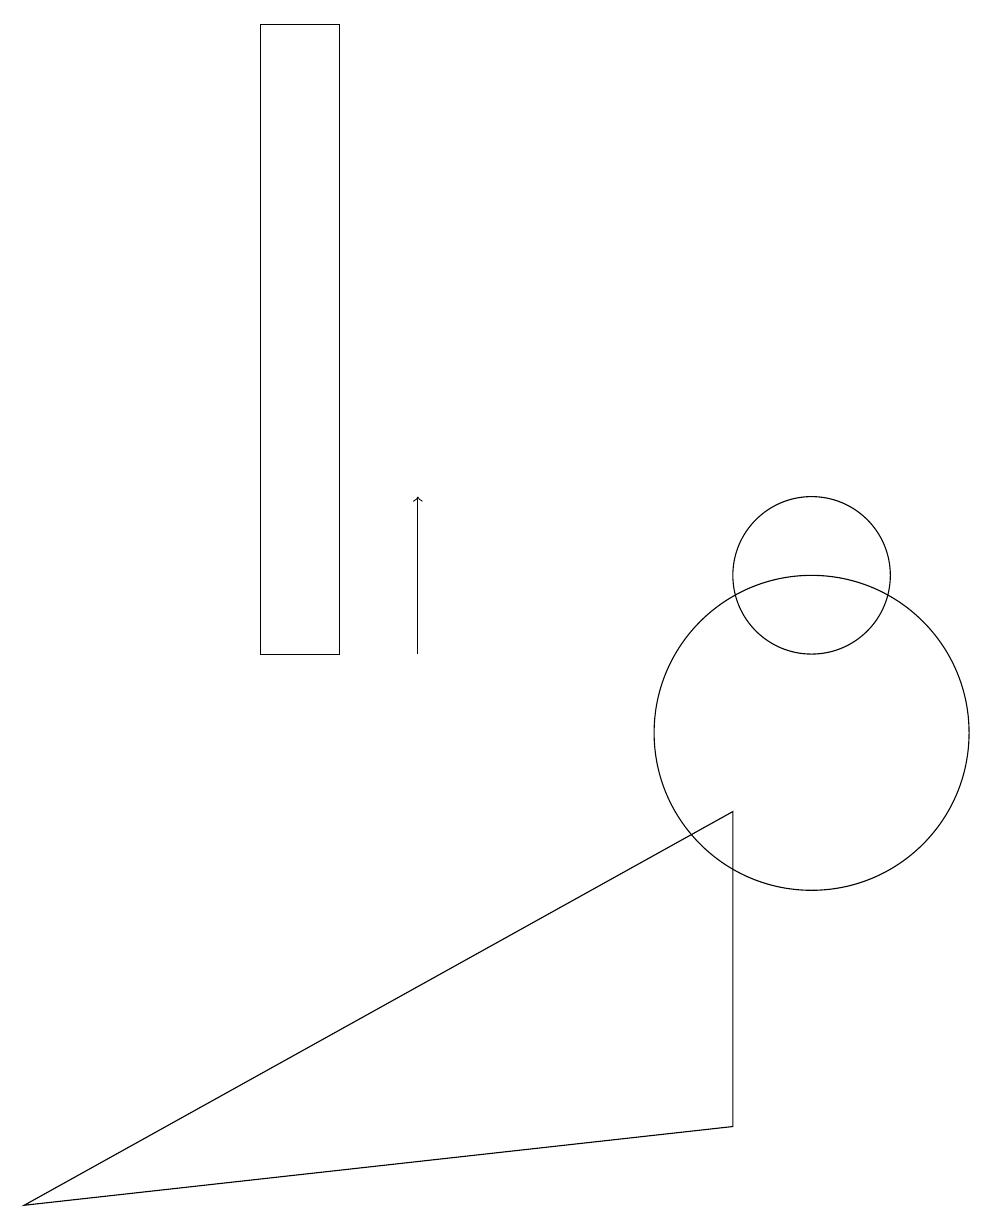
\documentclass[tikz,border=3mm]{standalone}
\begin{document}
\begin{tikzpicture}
\draw (4,11) rectangle (3,19);
\draw (0,4) -- (9,5) -- (9,9) -- cycle;
\draw (10,10) circle (2);
\draw[->] (5,11) -- (5,13);
\draw (10,12) circle (1);
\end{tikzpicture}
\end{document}